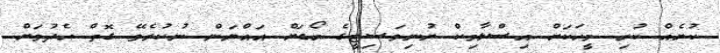
ކުށެއް ކުރި މީހަކަށް އިސްލާމިކް ޔުނިވަސިޓީގެ ބޯޑަށް އައްޔަން ނުކުރެވޭ ގޮތް ހެދުމަށް